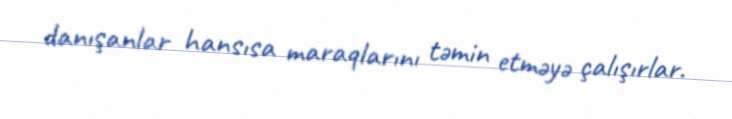
danışanlar hansısa maraqlarını təmin etməyə çalışırlar.